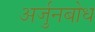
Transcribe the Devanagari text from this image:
अर्जुनबोध